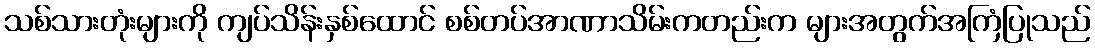
သစ်သားတုံးများကို ကျပ်သိန်းနှစ်ထောင် စစ်တပ်အာဏာသိမ်းကတည်းက များအတွက်အကြံပြုသည်